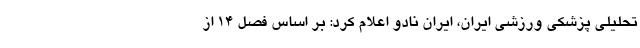
تحلیلی پزشکی ورزشی ایران، ایران نادو اعلام کرد: بر اساس فصل ۱۴ از